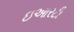
ઇઆરટી